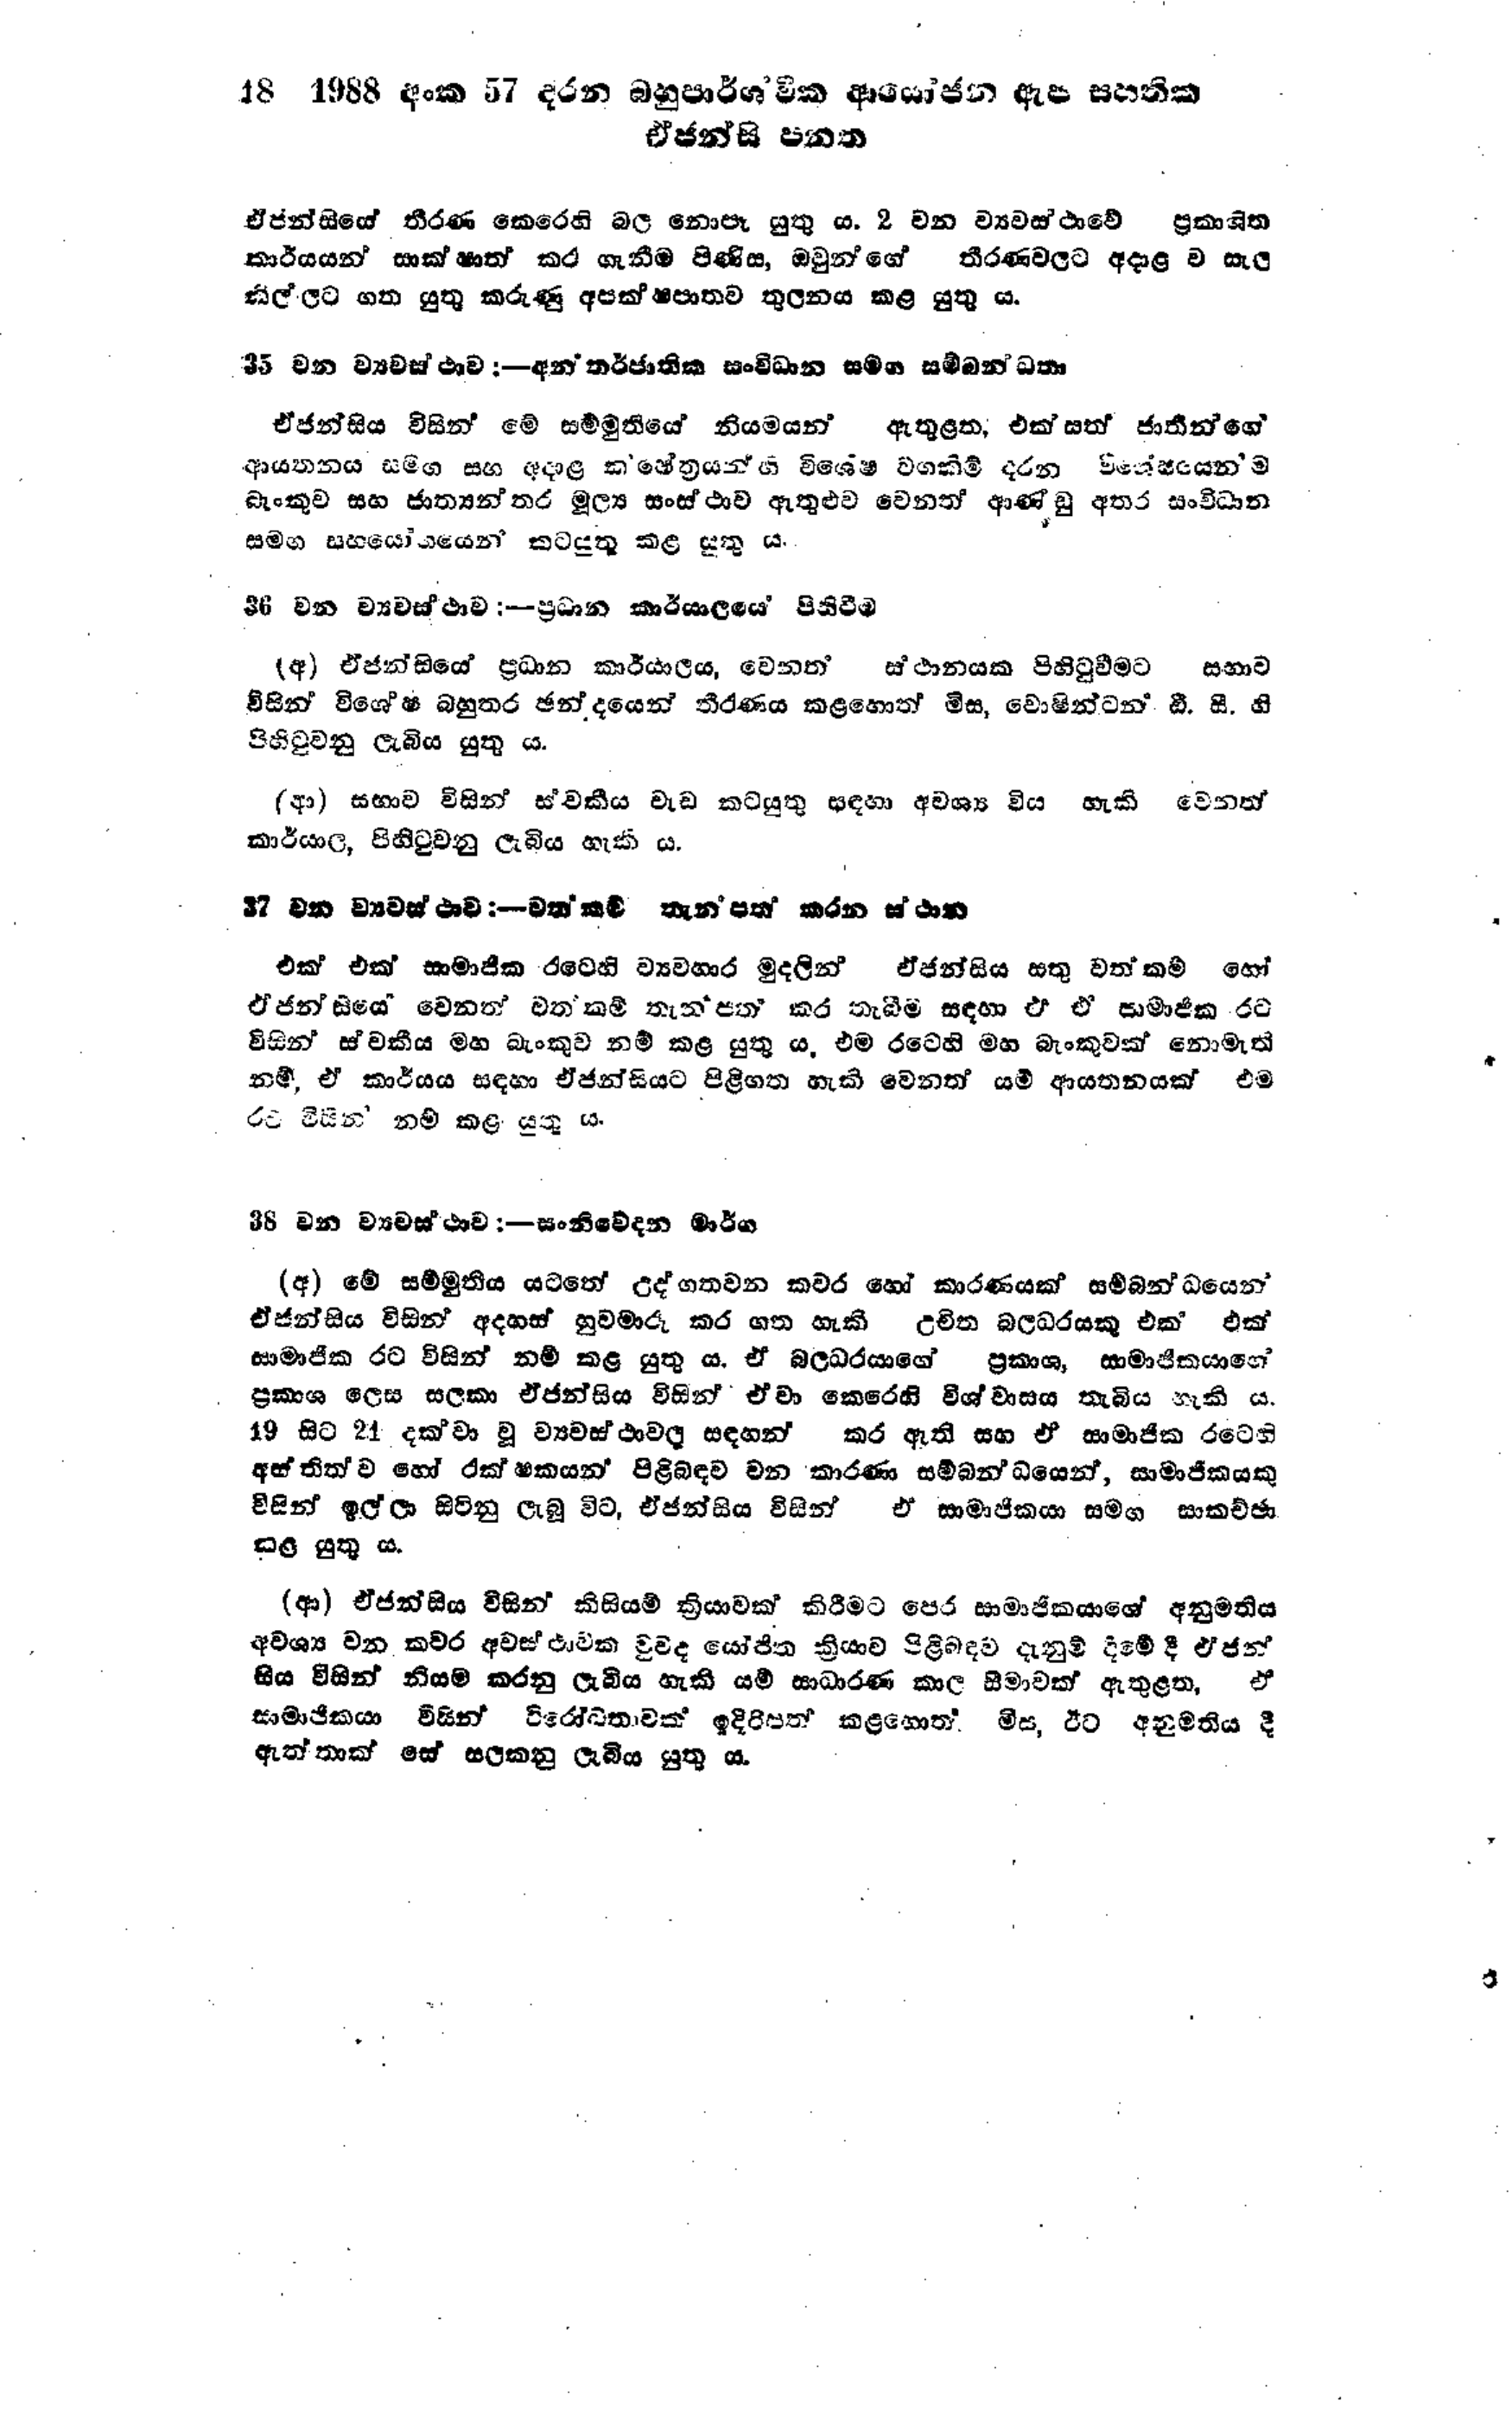
18 1988 අංක 57 දරන බහුපාර්ශ්වික ආයෝජන ඇප සහතික
ඒජන්සි පනත

ඒජන්සියේ තීරණ කෙරෙහි බල නොපෑ යුතු ය. 2 වන ව්‍යවස්ථාවේ ප්‍රකාශිත
කාර්යයන් සාක්ෂාත් කර ගැනීම පිණිස, ඔවුන්ගේ තීරණවලට අදාළව සැල
කිල්ලට ගත යුතු කරුණු අපක්ෂපාතව තුලනය කළ යුතු ය.

35 වන ව්‍යවස්ථාව :-අන්තර්ජාතික සංවිධාන සමග සම්බන්ධතා

ඒජන්සිය විසින් මේ සම්මුතියේ නියමයන් ඇතුළත, එක්සත් ජාතීන්ගේ
ආයතනය සමග සහ අදාළ ක‍්ෂේත්‍රයන්හි විශේෂ වගකීම් දරන විශේෂයෙන් ම
බැංකුව සහ ජාත්‍යන්තර මූල්‍ය සංස්ථාව ඇතුළුව වෙනත් ආණ්ඩු අතර සංවිධාන
සමග සහයෝගයෙන් කටයුතු කළ යුතු ය.

36 වන ව්‍යවස්ථාව :- ප්‍රධාන කාර්යාලයේ පිහිවීම

(අ) ඒජන්සියේ ප්‍රධාන කාර්යාලය, වෙනත් ස්‌ථානයක පිහිටුවීමට සභාව
විසින් විශේෂ බහුතර ඡන්දයෙන් තීරණය කළහොත් මිස, වොෂින්ටන් ඩී. සී. හි
පිහිටුවනු ලැබිය යුතු ය.

(ආ) සභාව විසින් ස්වකීය වැඩ කටයුතු සඳහා අවශ්‍ය විය හැකි වෙනත්
කාර්යාල, පිහිටුවනු ලැබිය හැකි ය.

37 වන ව්‍යවස්ථාව :-වත් කම් තැන පත් කරන ස්ථාන

එක් එක් සාමාජික රටෙහි ව්‍යවහාර මුදලින් ඒජන්සිය සතු වත්කම් හෝ
ඒජන්සියේ වෙනත් වත්කම් තැන පත් කර තැබීම සඳහා ඒ ඒ සාමාජික රට
විසින් ස්වකීය මහ බැංකුව නම් කළ යුතු ය. එම රටෙහි මහ බැංකුවක් නොමැති
නම්, ඒ කාර්යය සඳහා ඒජන්සියට පිළිගත හැකි වෙනත් යම් ආයතනයක් එම
රට විසින් නම් කළ යුතු ය.

38 වන ව්‍යවස්ථාව :- සංනිවේදන මාර්ග

(අ) මේ සම්මුතිය යටතේ උද්ගතවන කවර හෝ කාරණයක් සම්බන්ධයෙන්
ඒජන්සිය විසින් අදහස් හුවමාරු කර ගත හැකි උචිත බලධරයකු එක් එක්
සාමාජික රට විසින් නම් කළ යුතු ය. ඒ බලධරයාගේ ප්‍රකාශ, සාමාජිකයාගේ
ප්‍රකාශ ලෙස සලකා ඒජන්සිය විසින් ඒවා කෙරෙහි විශ්වාසය තැබිය හැකි ය.
19 සිට 21 දක්වා වූ ව්‍යවස්ථාවල සඳහන් කර ඇති සහ ඒ සාමාජික රටෙහි
අස්තිත්ව හෝ රක්ෂකයන් පිළිබඳව වන කාරණා සම්බන්ධයෙන්, සාමාජිකයකු
විසින් ඉල්ලා සිටිනු ලැබූ විට, ඒජන්සිය විසින් ඒ සාමාජිකයා සමග සාකච්ඡා
කල යුතු ය.

(ආ) ඒජන්සිය විසින් කිසියම් ක්‍රියාවක් කිරීමට පෙර සාමාජිකයාගේ අනුමතිය
අවශ්‍ය වන කවර අවස්ථාවක වුවද යෝජිත ක්‍රියාව පිළිබඳව දැනුම් දීමේ දී ඒජන්
සිය විසින් නියම කරනු ලැබිය හැකි යම් සාධාරණ කාල සීමාවක් ඇතුළත, ඒ
සාමාජිකයා විසින් විරෝධතාවක් ඉදිරිපත් කළහොත්. මිස, ඊට අනුමැතිය දී
ඇත්තාක් සේ සලකනු ලැබිය යුතු ය.